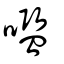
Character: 嚂